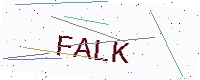
Text: FALK